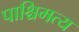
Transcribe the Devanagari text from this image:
पाश्चिमत्य